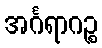
အင်္ဂရာဂဉ္စ